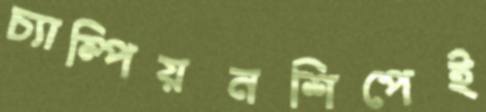
চ্যাম্পিয়নশিপেই